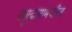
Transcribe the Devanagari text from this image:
समुदायांमधील